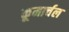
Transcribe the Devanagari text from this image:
कूमार्चल